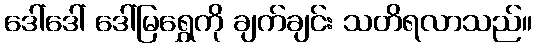
ဒေါ်ဒေါ် ဒေါ်မြရွှေကို ချက်ချင်း သတိရလာသည်။